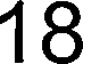
18